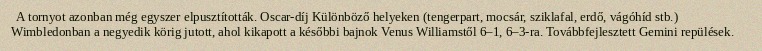
A tornyot azonban még egyszer elpusztították. Oscar-díj Különböző helyeken (tengerpart, mocsár, sziklafal, erdő, vágóhíd stb.) Wimbledonban a negyedik körig jutott, ahol kikapott a későbbi bajnok Venus Williamstől 6–1, 6–3-ra. Továbbfejlesztett Gemini repülések.